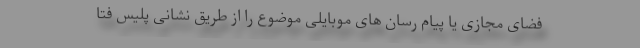
فضای مجازی یا پیام رسان های موبایلی موضوع را از طریق نشانی پلیس فتا